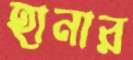
হানার